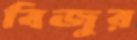
বিজুর